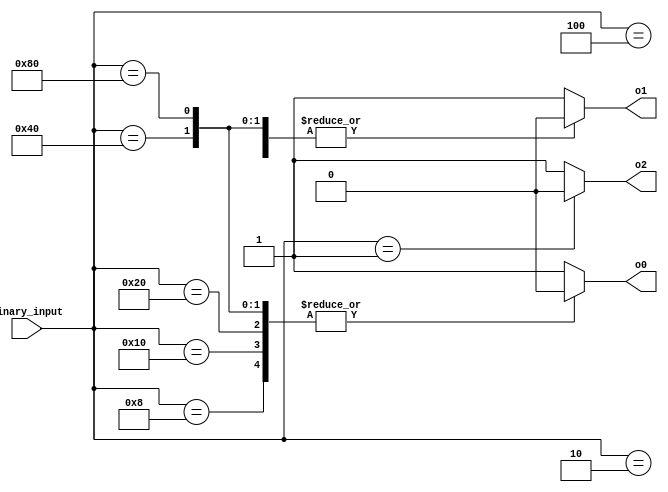
module octal_decoder(

input [7:0] binary_input,
output reg o0, o1, o2
);

always @* begin
    case(binary_input)
        8'b00000001: begin o0 = 1; o1 = 1; o2 = 0; end
        8'b00000010: begin o0 = 1; o1 = 0; o2 = 1; end
        8'b00000100: begin o0 = 1; o1 = 0; o2 = 1; end
        8'b00001000: begin o0 = 0; o1 = 1; o2 = 1; end
        8'b00010000: begin o0 = 0; o1 = 1; o2 = 1; end
        8'b00100000: begin o0 = 0; o1 = 1; o2 = 1; end
        8'b01000000: begin o0 = 0; o1 = 0; o2 = 1; end
        8'b10000000: begin o0 = 0; o1 = 0; o2 = 1; end
        default: begin o0 = 1; o1 = 1; o2 = 1; end
    endcase
end

endmodule